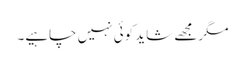
مگر مجھے شاید کوئی نہیں چاہیے۔